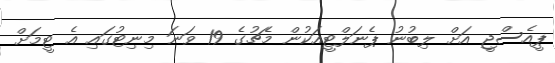
ޕީއެސްޖީ އަށް ލިބުނު ޕެނަލްޓީއަކުން މެޗުގެ 19 ވަނަ މިނިޓުގައި އެ ޓީމަށް